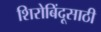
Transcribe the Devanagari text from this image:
शिरोबिंदूसाठी